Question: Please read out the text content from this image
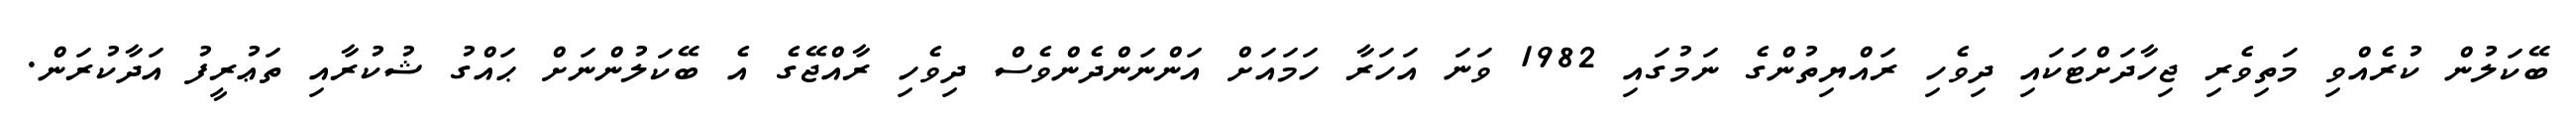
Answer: ބޭކަލުން ކުރެއްވި މަތިވެރި ޖިހާދަށްޓަކައި ދިވެހި ރައްޔިތުންގެ ނަމުގައި 1982 ވަނަ އަހަރާ ހަމައަށް އަންނަންދެންވެސް ދިވެހި ރާއްޖޭގެ އެ ބޭކަލުންނަށް ޙައްގު ޝުކުރާއި ތަޢުރީފު އަދާކުރަން.